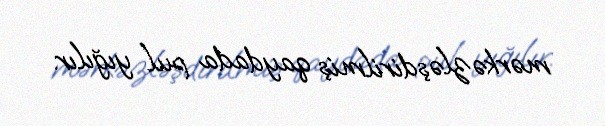
mərkəzləşdirilmiş qaydada pul yığılır.